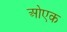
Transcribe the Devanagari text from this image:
ओएक